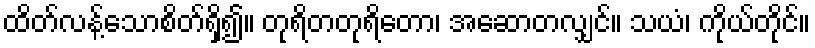
ထိတ်လန့်သောစိတ်ရှိ၍။ တုရိတတုရိတော၊ အဆောတလျှင်။ သယံ၊ ကိုယ်တိုင်။